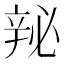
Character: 𬨘